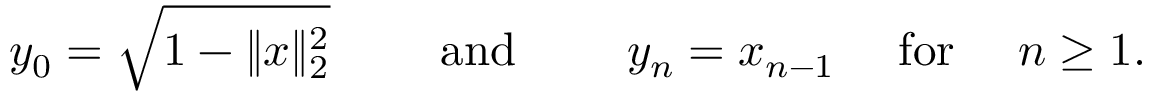
y _ { 0 } = { \sqrt { 1 - \| x \| _ { 2 } ^ { 2 } } } \qquad { \mathrm { ~ a n d ~ } } \qquad y _ { n } = x _ { n - 1 } \quad { \mathrm { ~ f o r ~ } } \quad n \geq 1 .